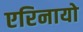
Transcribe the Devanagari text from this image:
एरिनायो